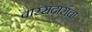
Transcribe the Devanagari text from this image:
वारसदारांचा